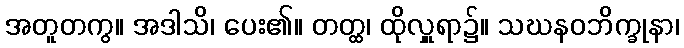
အတူတကွ။ အဒါသိ၊ ပေး၏။ တတ္ထ၊ ထိုလှူရာ၌။ သဃနဝဘိက္ခုနာ၊